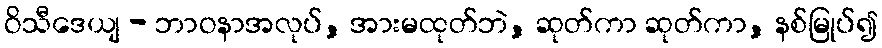
ဝိသီဒေယျ - ဘာဝနာအလုပ်, အားမထုတ်ဘဲ, ဆုတ်ကာ ဆုတ်ကာ, နစ်မြုပ်၍